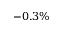
- 0 . 3 \%